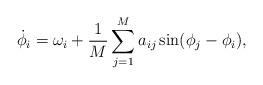
LaTeX: \begin{align*} \dot \phi_i = \omega_i + \frac 1M \sum_{j=1}^M a_{ij} \sin(\phi_j-\phi_i),\end{align*}